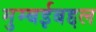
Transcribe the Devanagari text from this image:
मुम्बईबद्दल